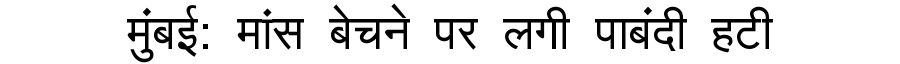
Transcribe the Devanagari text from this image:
मुंबई: मांस बेचने पर लगी पाबंदी हटी